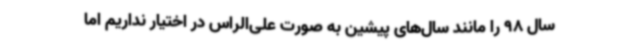
سال 98 را مانند سال‌های پیشین به صورت علی‌الراس در اختیار نداریم اما